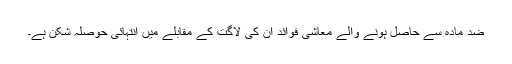
ضد مادّہ سے حاصل ہونے والے معاشی فوائد ان کی لاگت کے مقابلے میں انتہائی حوصلہ شکن ہے۔